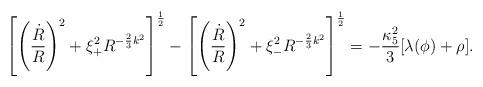
LaTeX: \begin{align*}\left[\left({\dot{R}\over R}\right)^2+\xi_{+}^2 R^{-{2\over 3}k^2}\right]^{1\over2}-\left[\left({\dot{R}\over R}\right)^2+\xi_{-}^2 R^{-{2\over 3}k^2}\right]^{1\over2}=-{\kappa_{5}^2\over3}[\lambda(\phi)+\rho].\end{align*}